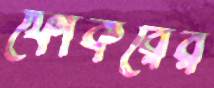
ফোকরের